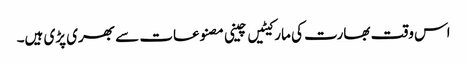
اس وقت بھارت کی مارکیٹیں چینی مصنوعات سے بھری پڑی ہیں۔